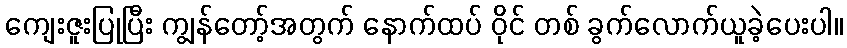
ကျေးဇူးပြုပြီး ကျွန်တော့်အတွက် နောက်ထပ် ဝိုင် တစ် ခွက်လောက်ယူခဲ့ပေးပါ။